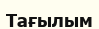
Тағылым